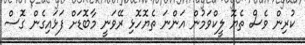
ކުރިން ވެސް ތެޔޮ ލީކްވަމުން އަންނަ ތެޔޮހޮޅި ރޭވަނީ މާބޮޑަށް ފަޅައިގެން ގޮސް